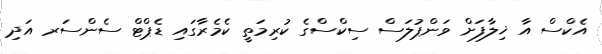
އެކްސް އާ ޚިލާފަށް ވަންޕުލަސް ސިކްސްގެ ކުރިމަތީ ކެމެރާގައި ޑެޕްޓް ސެންސަރ އަދި